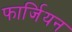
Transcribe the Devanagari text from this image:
फार्जियन